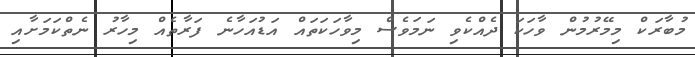
މުބާރަކް މިމޭރުމުން ވާހަކަ ދެއްކެވި ނަމަވެސް މިވާހަކަތައް އަޑުއަހާނެ ފަރާތެއް މިހާރު ނެތްކަމަށާއި